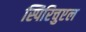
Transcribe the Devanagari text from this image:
स्पिरिचुएल